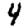
Digit: 4